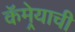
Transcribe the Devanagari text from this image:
कॅमेर्‍याची